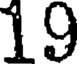
19